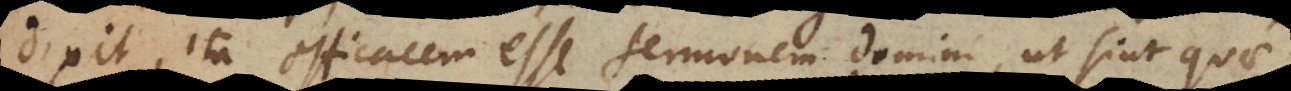
dixit, ita efficacem esse sermonem domini, ut sint quae